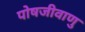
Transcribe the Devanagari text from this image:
पोषजीवाणु